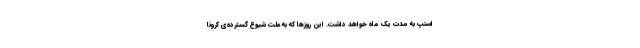
اسنپ به مدت یک ماه خواهد داشت. این روزها که به علت شیوع گسترده‌ی کرونا